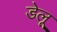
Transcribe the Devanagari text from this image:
डेलू